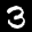
Label: 3